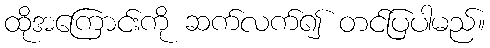
ထိုအကြောင်းကို ဆက်လက်၍ တင်ပြပါမည်။